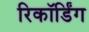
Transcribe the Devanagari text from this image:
रिकॉर्डिंग